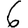
Digit: 6